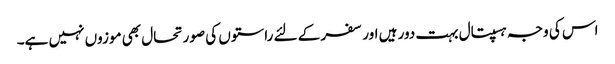
اس کی وجہ ہسپتال بہت دور ہیں اور سفر کے لئے راستوں کی صورتحال بھی موزوں نہیں ہے۔